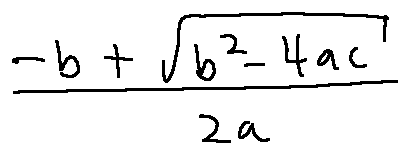
\frac { - b + \sqrt { b ^ { 2 } - 4 a c } } { 2 a }